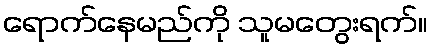
ရောက်နေမည်ကို သူမတွေးရက်။